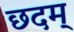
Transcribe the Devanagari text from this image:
छदम्